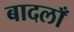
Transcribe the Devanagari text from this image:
बादलाँ